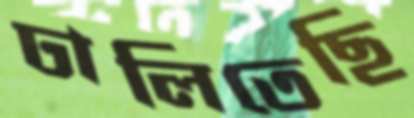
ঢালিতেছি